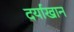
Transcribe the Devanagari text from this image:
दर्याखान